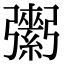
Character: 𢐾